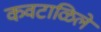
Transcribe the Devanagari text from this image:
कवटाळिलें